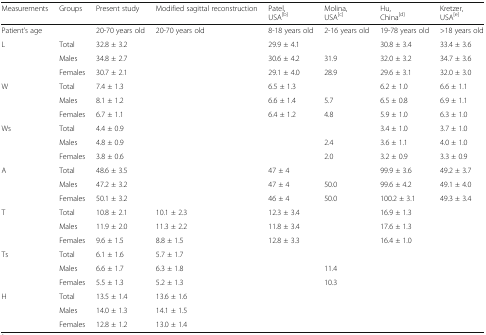
<table><thead><tr><td><b>Measurements</b></td><td><b>Groups</b></td><td><b>Present study</b></td><td><b>Modified sagittal reconstruction</b></td><td><b>Patel,USA<sup>[b]</sup></b></td><td><b>Molina,USA<sup>[c]</sup></b></td><td><b>Hu,China<sup>[d]</sup></b></td><td><b>Kretzer,USA<sup>[e]</sup></b></td></tr></thead><tbody><tr><td>Patient’s age</td><td></td><td>20-70 years old</td><td>20-70 years old</td><td>8-18 years old</td><td>2-16 years old</td><td>19-78 years old</td><td>&gt;18 years old</td></tr><tr><td rowspan="3">L</td><td>Total</td><td>32.8 ± 3.2</td><td></td><td>29.9 ± 4.1</td><td></td><td>30.8 ± 3.4</td><td>33.4 ± 3.6</td></tr><tr><td>Males</td><td>34.8 ± 2.7</td><td></td><td>30.6 ± 4.2</td><td>31.9</td><td>32.0 ± 3.2</td><td>34.7 ± 3.6</td></tr><tr><td>Females</td><td>30.7 ± 2.1</td><td></td><td>29.1 ± 4.0</td><td>28.9</td><td>29.6 ± 3.1</td><td>32.0 ± 3.0</td></tr><tr><td rowspan="3">W</td><td>Total</td><td>7.4 ± 1.3</td><td></td><td>6.5 ± 1.3</td><td></td><td>6.2 ± 1.0</td><td>6.6 ± 1.1</td></tr><tr><td>Males</td><td>8.1 ± 1.2</td><td></td><td>6.6 ± 1.4</td><td>5.7</td><td>6.5 ± 0.8</td><td>6.9 ± 1.1</td></tr><tr><td>Females</td><td>6.7 ± 1.1</td><td></td><td>6.4 ± 1.2</td><td>4.8</td><td>5.9 ± 1.0</td><td>6.3 ± 1.0</td></tr><tr><td rowspan="3">Ws</td><td>Total</td><td>4.4 ± 0.9</td><td></td><td></td><td></td><td>3.4 ± 1.0</td><td>3.7 ± 1.0</td></tr><tr><td>Males</td><td>4.8 ± 0.9</td><td></td><td></td><td>2.4</td><td>3.6 ± 1.1</td><td>4.0 ± 1.0</td></tr><tr><td>Females</td><td>3.8 ± 0.6</td><td></td><td></td><td>2.0</td><td>3.2 ± 0.9</td><td>3.3 ± 0.9</td></tr><tr><td rowspan="3">A</td><td>Total</td><td>48.6 ± 3.5</td><td></td><td>47 ± 4</td><td></td><td>99.9 ± 3.6</td><td>49.2 ± 3.7</td></tr><tr><td>Males</td><td>47.2 ± 3.2</td><td></td><td>47 ± 4</td><td>50.0</td><td>99.6 ± 4.2</td><td>49.1 ± 4.0</td></tr><tr><td>Females</td><td>50.1 ± 3.2</td><td></td><td>46 ± 4</td><td>50.0</td><td>100.2 ± 3.1</td><td>49.3 ± 3.4</td></tr><tr><td rowspan="3">T</td><td>Total</td><td>10.8 ± 2.1</td><td>10.1 ± 2.3</td><td>12.3 ± 3.4</td><td></td><td>16.9 ± 1.3</td><td></td></tr><tr><td>Males</td><td>11.9 ± 2.0</td><td>11.3 ± 2.2</td><td>11.8 ± 3.4</td><td></td><td>17.6 ± 1.3</td><td></td></tr><tr><td>Females</td><td>9.6 ± 1.5</td><td>8.8 ± 1.5</td><td>12.8 ± 3.3</td><td></td><td>16.4 ± 1.0</td><td></td></tr><tr><td rowspan="3">Ts</td><td>Total</td><td>6.1 ± 1.6</td><td>5.7 ± 1.7</td><td></td><td></td><td></td><td></td></tr><tr><td>Males</td><td>6.6 ± 1.7</td><td>6.3 ± 1.8</td><td></td><td>11.4</td><td></td><td></td></tr><tr><td>Females</td><td>5.5 ± 1.3</td><td>5.2 ± 1.3</td><td></td><td>10.3</td><td></td><td></td></tr><tr><td rowspan="3">H</td><td>Total</td><td>13.5 ± 1.4</td><td>13.6 ± 1.6</td><td></td><td></td><td></td><td></td></tr><tr><td>Males</td><td>14.0 ± 1.3</td><td>14.1 ± 1.5</td><td></td><td></td><td></td><td></td></tr><tr><td>Females</td><td>12.8 ± 1.2</td><td>13.0 ± 1.4</td><td></td><td></td><td></td><td></td></tr></tbody></table>